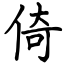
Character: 倚